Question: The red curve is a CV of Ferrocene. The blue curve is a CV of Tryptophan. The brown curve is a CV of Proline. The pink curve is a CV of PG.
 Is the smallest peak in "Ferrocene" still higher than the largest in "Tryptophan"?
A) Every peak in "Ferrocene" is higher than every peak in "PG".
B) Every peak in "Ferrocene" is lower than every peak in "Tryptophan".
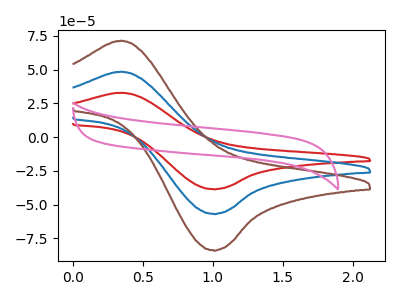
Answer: <think>The red curve "Ferrocene" has an anodic peak at (0.35V, 32.80uA) and a cathodic peak at (1.00V, -38.50uA). The blue curve "Tryptophan" has an anodic peak at (0.35V, 48.35uA) and a cathodic peak at (1.00V, -56.80uA). The brown curve "Proline" has an anodic peak at (0.35V, 96.75uA) and a cathodic peak at (1.00V, -113.60uA). The pink curve "PG" has no peaks.</think>
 <answer>B) Every peak in "Ferrocene" is lower than every peak in "Tryptophan".</answer>
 <eval>B</eval>